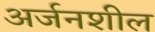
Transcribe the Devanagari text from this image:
अर्जनशील